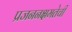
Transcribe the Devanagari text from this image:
प्रजननक्षमतेची